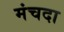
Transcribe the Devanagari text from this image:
मंचदा